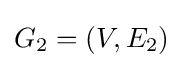
G_{2}=(V,E_{2})